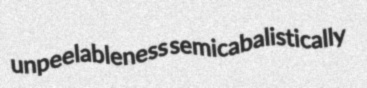
unpeelableness semicabalistically